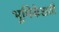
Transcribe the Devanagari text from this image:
भूमिकेसठी